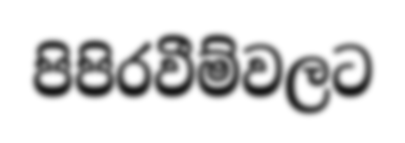
පිපිරවීම්වලට